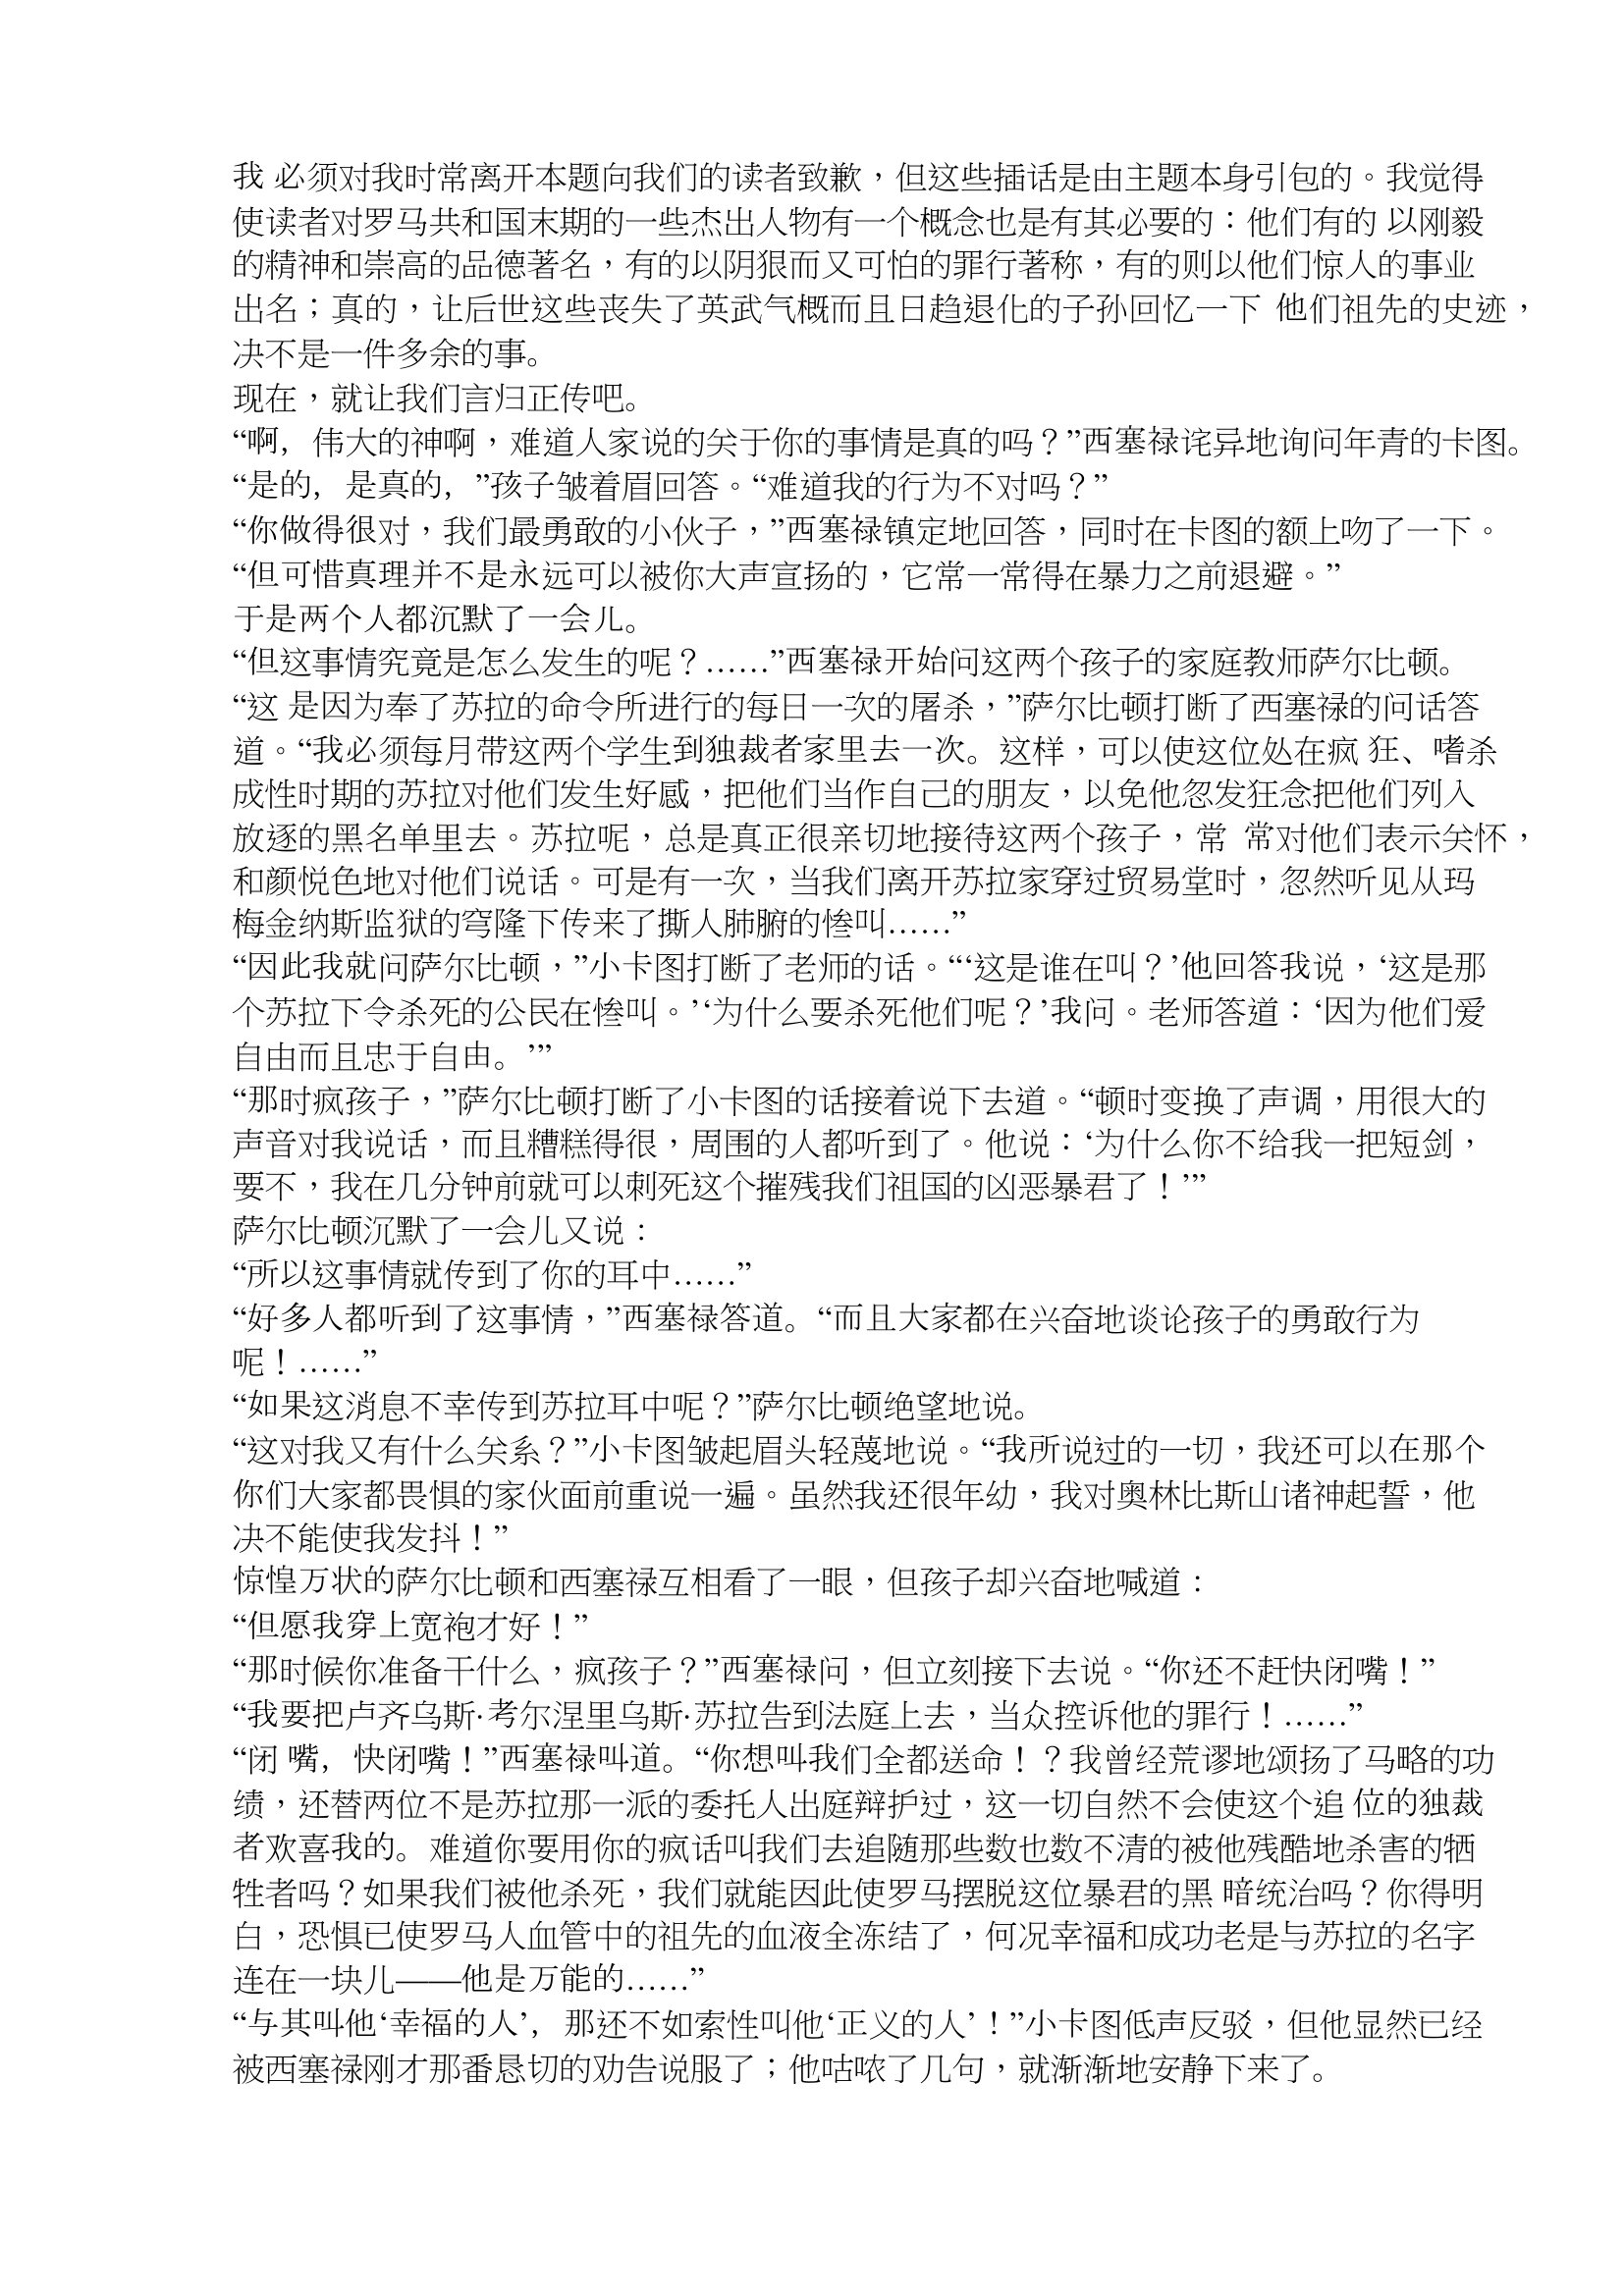
Language: zh